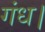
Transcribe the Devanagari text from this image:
गंध।